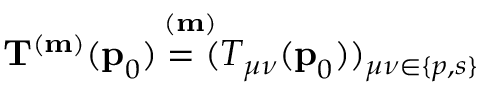
\mathbf { T } ^ { ( \mathbf { m } ) } ( \mathop { \mathbf { p } _ { 0 } ^ { } ) = ( T _ { \mu \nu } } ^ { ( \mathbf { m } ) } ( \mathop { \mathbf { p } _ { 0 } ^ { } ) ) _ { \mu \nu \in \{ p , s \} } }